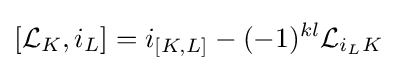
[{\mathcal {L}}_{K},i_{L}]=i_{[K,L]}-(-1)^{kl}{\mathcal {L}}_{i_{L}K}